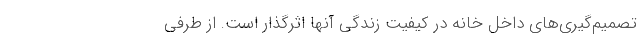
تصمیم‌گیری‌های داخل خانه در کیفیت زندگی آنها اثرگذار است. از طرفی